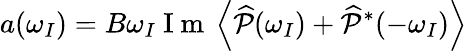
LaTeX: a(\omega_{I})=B\omega_{I}\mathrm{~I~m~}\left<\widehat{\mathcal{P}}(\omega_{I})+\widehat{\mathcal{P}}^{*}(-\omega_{I})\right>